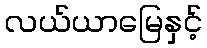
လယ်ယာမြေနှင့်